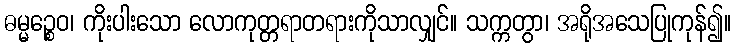
ဓမ္မဉ္စေဝ၊ ကိုးပါးသော လောကုတ္တရာတရားကိုသာလျှင်။ သက္ကတွာ၊ အရိုအသေပြုကုန်၍။